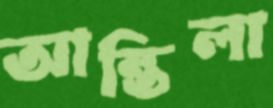
আন্তিলা